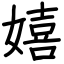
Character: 嬉